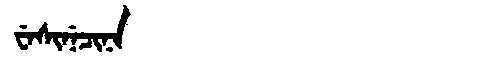
Manchu: ᠸᡝᠰᡳᠨᡝᠴᡳᠨᠠ
Romanization: WESINECINA